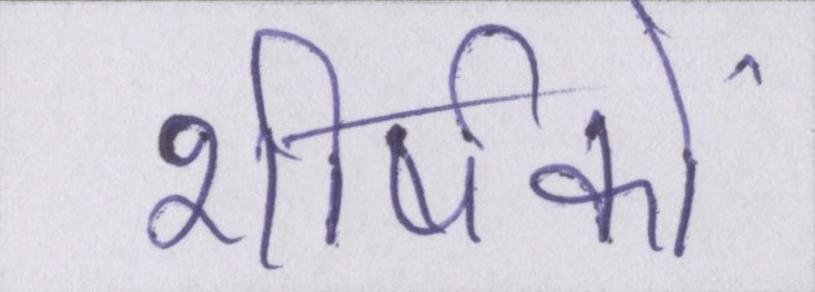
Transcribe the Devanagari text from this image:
शीर्षकों